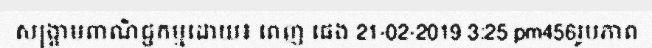
សង្គ្រាមពាណិជ្ជកម្មដោយ៖ ពេញ ផេង 21-02-2019 3:25 pm456រូបភាព